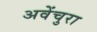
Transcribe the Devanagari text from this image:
अवेंचुरा